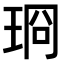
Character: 𪻣